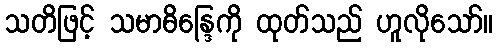
သတိဖြင့် သမာဓိန္ဒြေကို ထုတ်သည် ဟူလိုသော်။